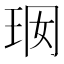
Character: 𤤢